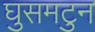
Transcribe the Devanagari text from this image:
घुसमटुन